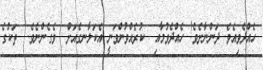
ހެއްދެވިއެވެ. ދަންނާށެވެ! ހެއްދެވުމާއި  ކުރެއްވުންވަނީ އެކަލާނގެއަށް  ވެގެންނެވެ.  ތަކުގެ